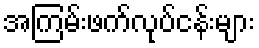
အကြမ်းဖက်လုပ်ငန်းများ